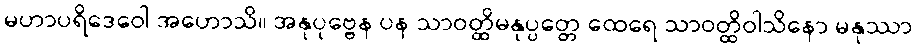
မဟာပရိဒေဝေါ အဟောသိ။ အနုပုဗ္ဗေန ပန သာဝတ္ထိမနုပ္ပတ္တေ ထေရေ သာဝတ္ထိဝါသိနော မနုဿာ